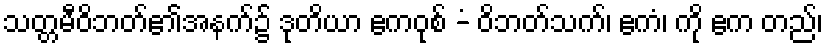
သတ္တမီဝိဘတ်၏အနက်၌ ဒုတိယာ ဧကဝုစ် -ံ ဝိဘတ်သက်၊ ဧကံ၊ ကို ဧက တည်၊